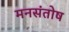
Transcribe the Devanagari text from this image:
मनसंतोष